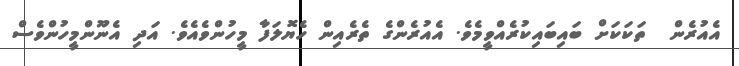
އެއުރެން  ތަކަކަށް ބައިބައިކުރެއްވީމެވެ. އެއުރެންގެ ތެރެއިން ހެޔޮލަފާ މީހުންވެއެވެ. އަދި އެނޫންމީހުންވެސް